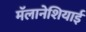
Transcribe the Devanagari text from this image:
मॅलानेशियाई